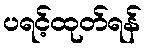
ပရင့်ထုတ်ရန်